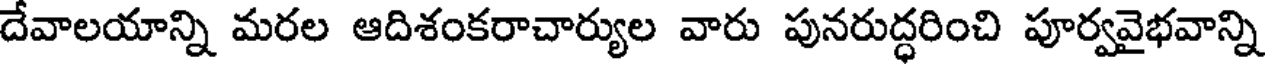
దేవాలయాన్ని మరల ఆదిశంకరాచార్యుల వారు పునరుద్ధరించి పూర్వవైభవాన్ని